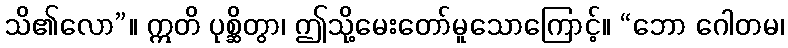
သိ၏လော”။ ဣတိ ပုစ္ဆိတွာ၊ ဤသို့မေးတော်မူသောကြောင့်။ “ဘော ဂေါတမ၊